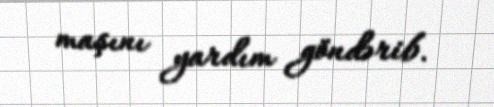
maşını yardım göndərib.